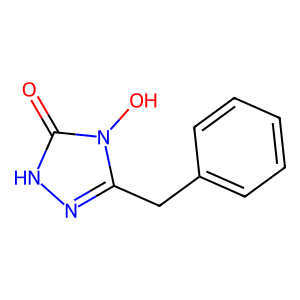
SMILES: O=c1[nH]nc(Cc2ccccc2)n1O
Inhibits HIV replication: No